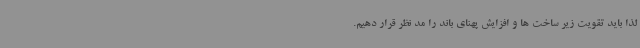
لذا باید تقویت زیر ساخت ها و افزایش پهنای باند را مد نظر قرار دهیم.